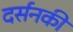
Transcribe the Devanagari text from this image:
दर्सनकी